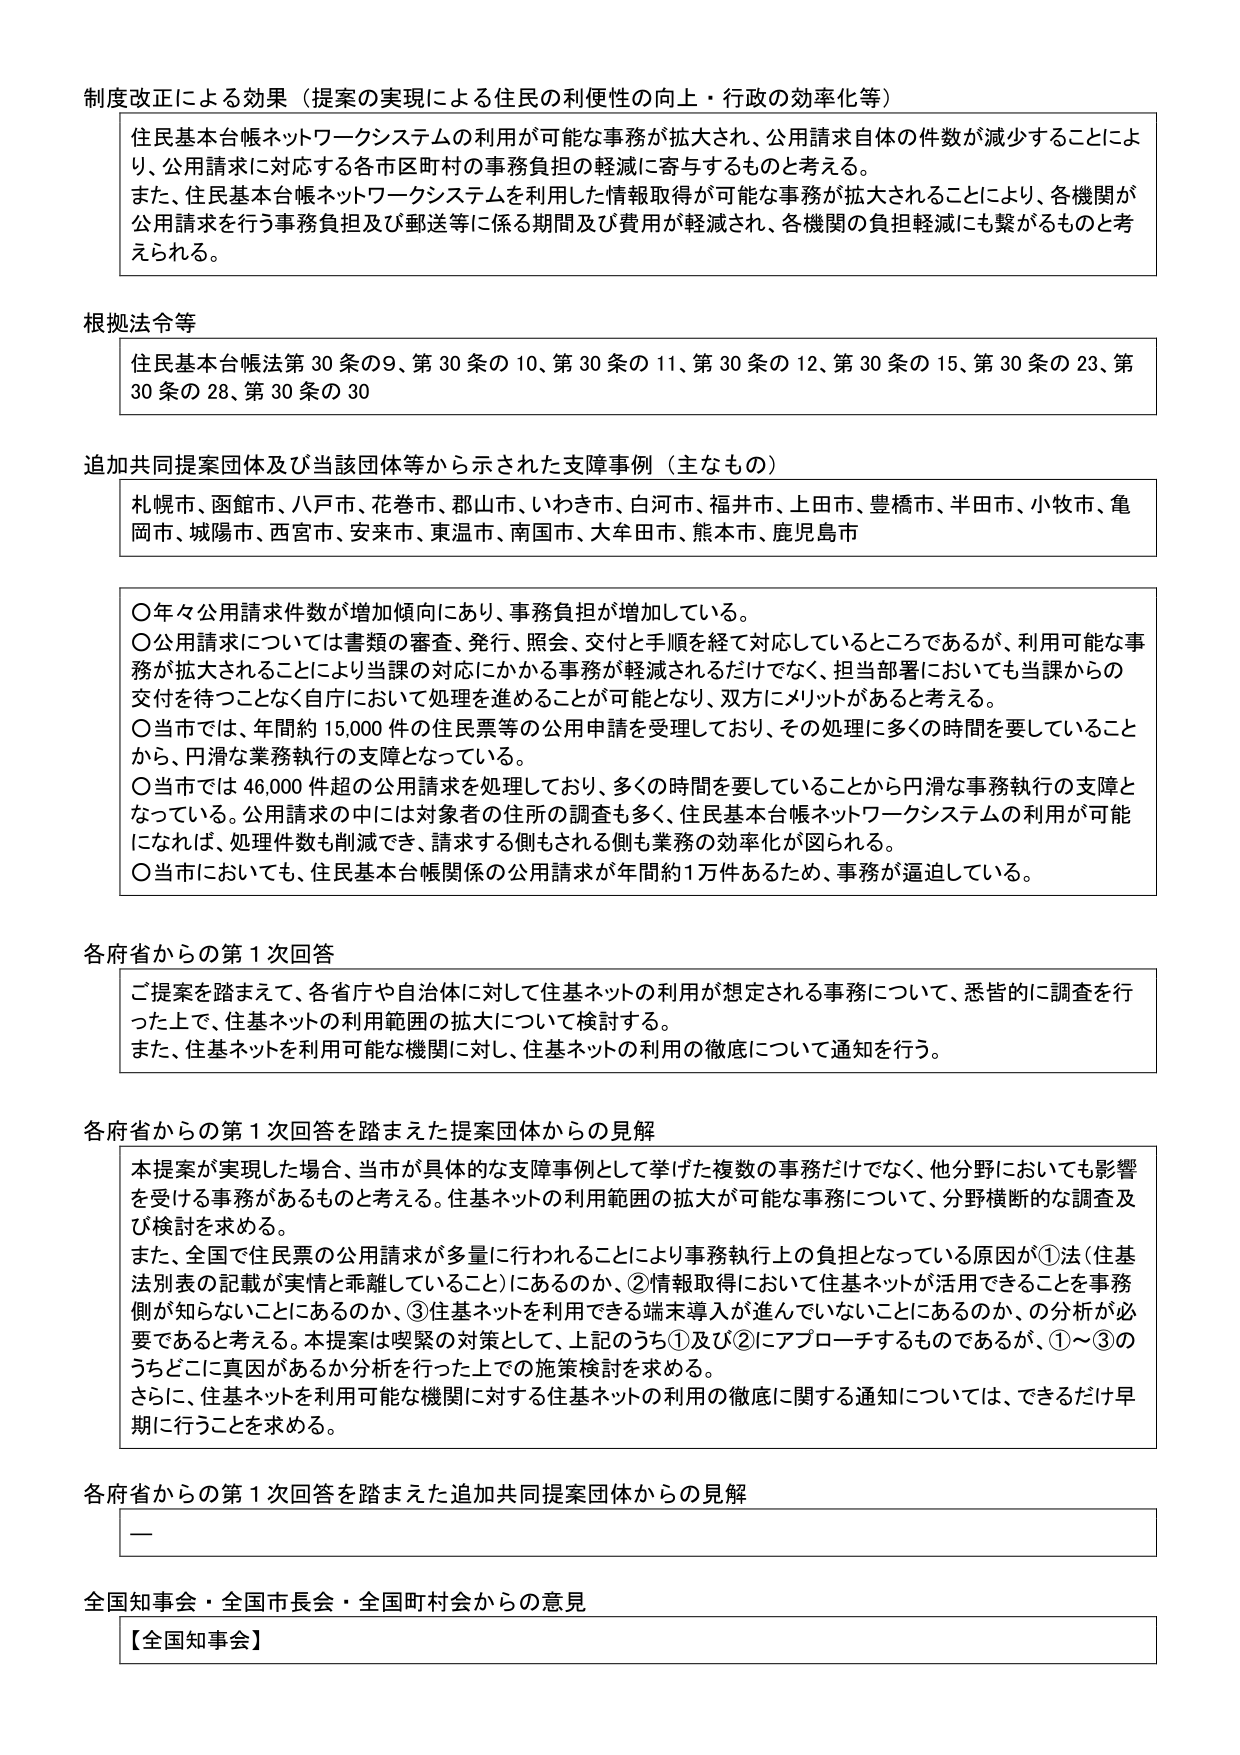
制度改正による効果（提案の実現による住民の利便性の向上・行政の効率化等）

住民基本台帳ネットワークシステムの利用が可能な事務が拡大され、公用請求自体の件数が減少することにより、公用請求に対応する各市区町村の事務負担の軽減に寄与するものと考える。
また、住民基本台帳ネットワークシステムを利用した情報取得が可能な事務が拡大されることにより、各機関が公用請求を行う事務負担及び郵送等に係る期間及び費用が軽減され、各機関の負担軽減にも繋がるものと考えられる。

根拠法令等

住民基本台帳法第30条の9、第30条の10、第30条の11、第30条の12、第30条の15、第30条の23、第30条の28、第30条の30

追加共同提案団体及び当該団体等から示された支援事例（主なもの）

札幌市、函館市、八戸市、花巻市、郡山市、いわき市、白河市、福井市、上田市、豊橋市、半田市、小牧市、亀岡市、城陽市、西宮市、安来市、東温市、南国市、大牟田市、熊本市、鹿児島市

○年々公用請求件数が増加傾向にあり、事務負担が増加している。
○公用請求については書類の審査、発行、照会、交付と手順を経て対応しているところであるが、利用可能な事務が拡大されることにより当課の対応にかかる事務が軽減されるだけでなく、担当部署においても当課からの交付を待つことなく自らにおいて処理を進めることが可能となり、双方にメリットがあると考える。
○当市では、年間約15,000件の住民票等の公用申請を受理しており、その処理に多くの時間を要していることから、円滑な業務執行の支障となっている。
○当市では46,000件超の公用請求を処理しており、多くの時間を要していることから円滑な事務執行の支障となっている。公用請求の中には対象者の住所の調査も多く、住民基本台帳ネットワークシステムの利用が可能になれば、処理件数も削減でき、請求する側もされる側も業務の効率化が図られる。
○当市においても、住民基本台帳関係の公用請求が年間約1万件あるため、事務が逼迫している。

各府省からの第1次回答

ご提案を踏まえて、各省庁や自治体に対して住基ネットの利用が想定される事務について、悉皆的に調査を行った上で、住基ネットの利用範囲の拡大について検討する。
また、住基ネットを利用可能な機関に対し、住基ネットの利用の徹底について通知を行う。

各府省からの第1次回答を踏まえた提案団体からの見解

本提案が実現した場合、当市が具体的な支援事例として挙げた複数の事務だけでなく、他分野においても影響を受ける事務があるものと考える。住基ネットの利用範囲の拡大が可能な事務について、分野横断的な調査及び検討を求める。
また、全国で住民票の公用請求が多量に行われることにより事務執行上の負担となっている原因が①法（住基法列表の記載が実情と乖離していること）にあるのか、②情報取得において住基ネットが活用できることを事務側が知らないことにあるのか、③住基ネットを利用できる端末導入が進んでいないことにあるのか、の分析が必要であると考える。本提案は喫緊の対策として、上記のうち①及び②にアプローチするものであるが、①～③のうちどこに真因があるか分析を行った上での施策検討を求める。
さらに、住基ネットを利用可能な機関に対する住基ネットの利用の徹底に関する通知については、できるだけ早期に行うことを求める。

各府省からの第1次回答を踏まえた追加共同提案団体からの見解

—

全国知事会・全国市長会・全国町村会からの意見

【全国知事会】